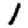
Digit: 1